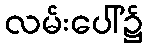
လမ်းပေါ်၌